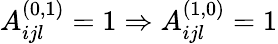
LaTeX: A_{ijl}^{(0,1)}=1\Rightarrow A_{ijl}^{(1,0)}=1